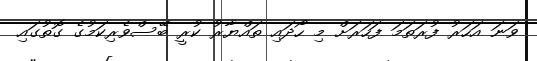
ވަނަ އަހަރު ފުރަތަމަ ފަހަރަށް މި ހޯދައި ތައްޔާރު ކުރީ ބޭސްވެރިކަމުގެ ގޮތުގައި